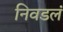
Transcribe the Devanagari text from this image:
निवडलं